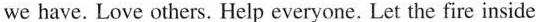
we have. Love others. Help everyone. Let the fire inside